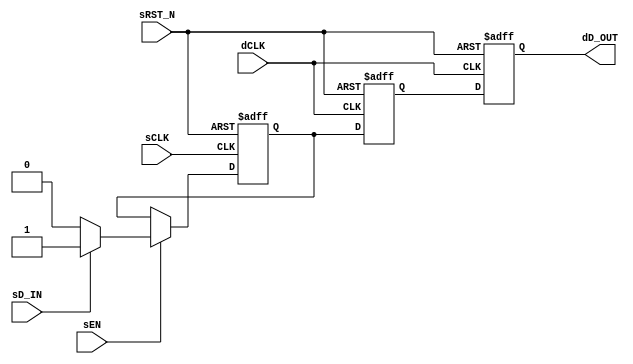

// Copyright (c) 2000-2009 Bluespec, Inc.

// Permission is hereby granted, free of charge, to any person obtaining a copy
// of this software and associated documentation files (the "Software"), to deal
// in the Software without restriction, including without limitation the rights
// to use, copy, modify, merge, publish, distribute, sublicense, and/or sell
// copies of the Software, and to permit persons to whom the Software is
// furnished to do so, subject to the following conditions:

// The above copyright notice and this permission notice shall be included in
// all copies or substantial portions of the Software.

// THE SOFTWARE IS PROVIDED "AS IS", WITHOUT WARRANTY OF ANY KIND, EXPRESS OR
// IMPLIED, INCLUDING BUT NOT LIMITED TO THE WARRANTIES OF MERCHANTABILITY,
// FITNESS FOR A PARTICULAR PURPOSE AND NONINFRINGEMENT. IN NO EVENT SHALL THE
// AUTHORS OR COPYRIGHT HOLDERS BE LIABLE FOR ANY CLAIM, DAMAGES OR OTHER
// LIABILITY, WHETHER IN AN ACTION OF CONTRACT, TORT OR OTHERWISE, ARISING FROM,
// OUT OF OR IN CONNECTION WITH THE SOFTWARE OR THE USE OR OTHER DEALINGS IN
// THE SOFTWARE.
//
// $Revision: 17872 $
// $Date: 2009-09-18 14:32:56 +0000 (Fri, 18 Sep 2009) $

`ifdef BSV_ASSIGNMENT_DELAY
`else
`define BSV_ASSIGNMENT_DELAY
`endif


// A one bit data synchronization module, where data is synchronized
// by passing through 2 registers of the destination clock
module SyncBit (
                sCLK,
                sRST_N,
                dCLK,
                sEN,
                sD_IN,
                dD_OUT
                );
   parameter init = 1'b0;       // initial value for all registers
      
   // Signals on source clock (sCLK)
   input     sCLK;
   input     sRST_N;
   input     sEN;
   input     sD_IN;
   
   // Signals on destination clock (dCLK)
   input     dCLK;
   output    dD_OUT;
   
   reg       sSyncReg;
   reg       dSyncReg1, dSyncReg2;
   
   assign    dD_OUT = dSyncReg2 ;

   always @(posedge sCLK or negedge sRST_N)
      begin
         if (sRST_N ==0)
            begin
               sSyncReg <= `BSV_ASSIGNMENT_DELAY init ;
            end // if (sRST_N ==0)
         else
            begin
               if ( sEN )
                 begin
                    sSyncReg <= `BSV_ASSIGNMENT_DELAY (sD_IN == 1'b1) ? 1'b1 : 1'b0  ;
                 end // if ( sEN )
            end // else: !if(sRST_N ==0)
      end // always @ (posedge sCLK or negedge sRST_N)

   always @(posedge dCLK or negedge sRST_N)
      begin
         if (sRST_N ==0)
            begin
               dSyncReg1 <= `BSV_ASSIGNMENT_DELAY init ;
               dSyncReg2 <= `BSV_ASSIGNMENT_DELAY init ;
            end // if (sRST_N ==0)
         else
            begin
               dSyncReg1 <= `BSV_ASSIGNMENT_DELAY sSyncReg ; // clock domain crossing
               dSyncReg2 <= `BSV_ASSIGNMENT_DELAY dSyncReg1 ;
            end // else: !if(sRST_N ==0)
      end // always @ (posedge dCLK or negedge sRST_N)

   
`ifdef BSV_NO_INITIAL_BLOCKS
`else // not BSV_NO_INITIAL_BLOCKS
   // synopsys translate_off  
   initial
      begin
         sSyncReg  = init ;
         dSyncReg1 = init ;
         dSyncReg2 = init ;
      end // initial begin
   // synopsys translate_on
`endif // BSV_NO_INITIAL_BLOCKS

endmodule // BitSync